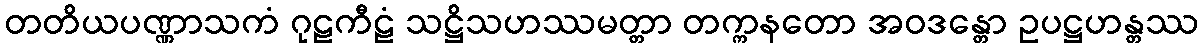
တတိယပဏ္ဏာသကံ ဂုဠကီဠံ သဋ္ဌိသဟဿမတ္တာ တက္ကနတော အဝဒန္တော ဥပဋ္ဌဟန္တဿ